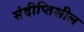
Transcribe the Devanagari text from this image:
संदीप्तिशील